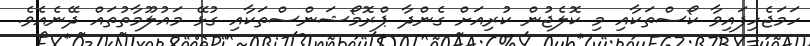
ހަމަޖެހިފައިވާ ކޯސްތަކާއި މި ކޮލެޖުން ކުރިއަށް ގެންދާ ޕްރޮމޯޝަންސްތަކާއި ގުޅޭ މައުލޫމާތުތައް ދޭނެއެވެ.